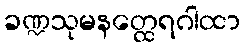
ခဏ္ဍသုမနတ္ထေရဂါထာ